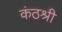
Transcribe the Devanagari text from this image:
कंठश्री